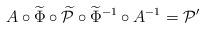
LaTeX: \begin{align*}A \circ \widetilde\Phi \circ \widetilde{\mathcal{P}} \circ \widetilde \Phi^{-1} \circ A^{-1}= \mathcal{P}' \end{align*}